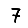
Digit: 7